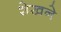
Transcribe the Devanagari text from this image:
शेखने